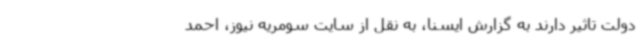
دولت تاثیر دارند به گزارش ایسنا، به نقل از سایت سومریه نیوز، احمد